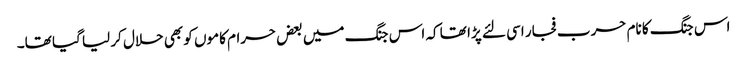
اس جنگ کا نام حرب فجار اسی لئے پڑا تھا کہ اس جنگ میں بعض حرام کاموں کو بھی حلال کر لیا گیا تھا۔